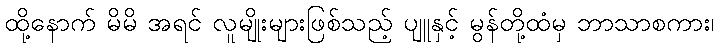
ထို့နောက် မိမိ အရင် လူမျိုးများဖြစ်သည့် ပျူနှင့် မွန်တို့ထံမှ ဘာသာစကား၊